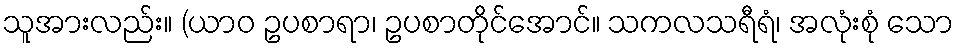
သူအားလည်း။ (ယာဝ ဥပစာရာ၊ ဥပစာတိုင်အောင်။ သကလသရီရံ၊ အလုံးစုံ သော